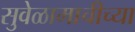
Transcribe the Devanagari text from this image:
सुवेळामाचीच्या